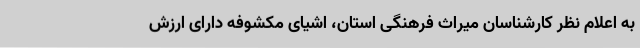
به اعلام نظر کارشناسان میراث فرهنگی استان، اشیای مکشوفه دارای ارزش